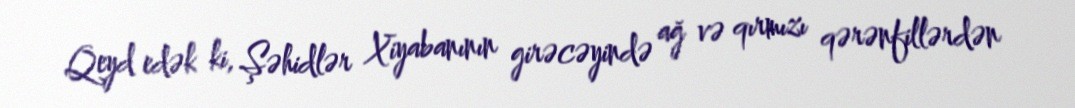
Qeyd edək ki, Şəhidlər Xiyabanının girəcəyində ağ və qırmızı qərənfillərdən